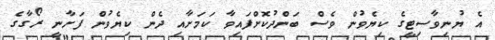
އެ ޔުނިވާސިޓީގެ ކިޔެވުން ވެސް ބަންދުކޮށްފައިވާ ކަމަށާއި ދެން ކިޔެވުން ފަށާނީ ރޯގާގެ